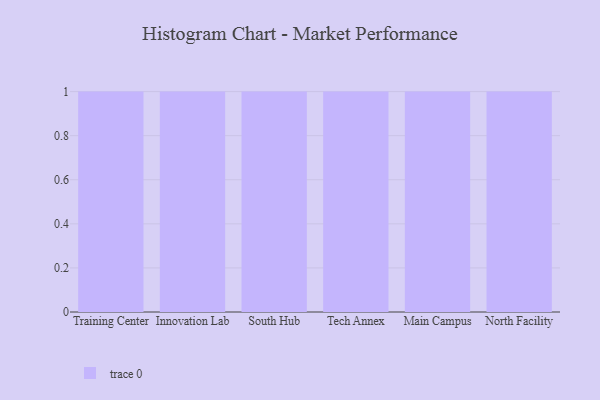
{"axis": {"x": "Campus", "y": "Bounce Rate (%)"}, "legend": [""], "data": [{"x": "Training Center", "y": 56, "type": ""}, {"x": "Innovation Lab", "y": 78, "type": ""}, {"x": "South Hub", "y": 35, "type": ""}, {"x": "Tech Annex", "y": 31, "type": ""}, {"x": "Main Campus", "y": 1, "type": ""}, {"x": "North Facility", "y": 52, "type": ""}]}